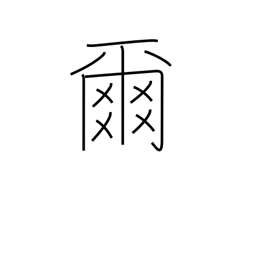
Meaning: thou